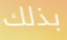
بذلك